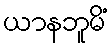
ယာနဘူမိံ